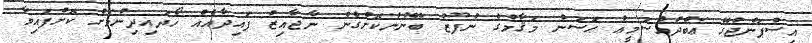
އިސްޕަންޖުގޭ ޢަބްދުއްސަމީޢު ޙަސަން މަޤާމުގެ ނުފޫޒު ބޭނުންކޮށްގެން ނާޖާއިޒު ފައިދާއެއް ހޯދައިދިނުމަށް ކޮށްފައިވާ